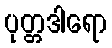
ပုတ္တဒါရော